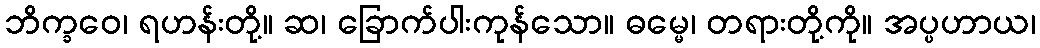
ဘိက္ခဝေ၊ ရဟန်းတို့။ ဆ၊ ခြောက်ပါးကုန်သော။ ဓမ္မေ၊ တရားတို့ကို။ အပ္ပဟာယ၊